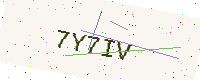
Text: 7Y7IV